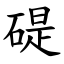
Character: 碮